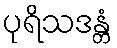
ပုရိသဒန္တံ